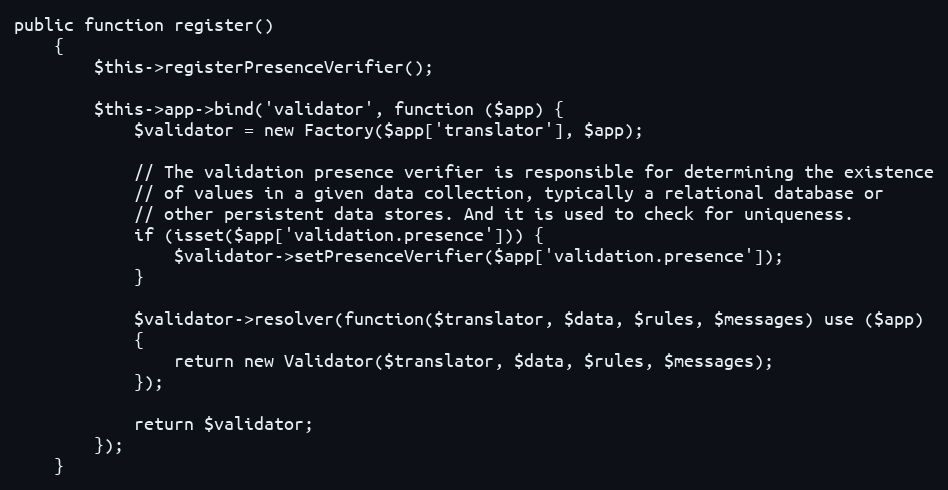
Language: PHP
public function register()
    {
        $this->registerPresenceVerifier();

        $this->app->bind('validator', function ($app) {
            $validator = new Factory($app['translator'], $app);

            // The validation presence verifier is responsible for determining the existence
            // of values in a given data collection, typically a relational database or
            // other persistent data stores. And it is used to check for uniqueness.
            if (isset($app['validation.presence'])) {
                $validator->setPresenceVerifier($app['validation.presence']);
            }

            $validator->resolver(function($translator, $data, $rules, $messages) use ($app)
            {
                return new Validator($translator, $data, $rules, $messages);
            });

            return $validator;
        });
    }